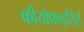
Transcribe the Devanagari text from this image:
फीयोफाइसिई